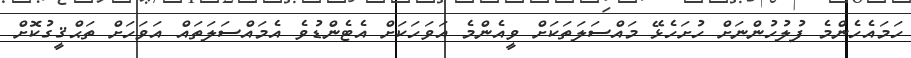
ހަމައެހެންމެ ފުލުހުންނަށް ހުށަހެޅޭ މައްސަލަތަކަށް ވީއެންމެ އަވަހަކަށް އެޓެންޑުވެ އެމައްސަލަތައް އަވަހަށް ތަޙްޤީގުކޮށް